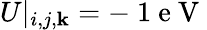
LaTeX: U|_{i,j,\mathbf{k}}=-\mathrm{{~1~e~V~}}